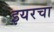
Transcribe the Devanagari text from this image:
इयरचा